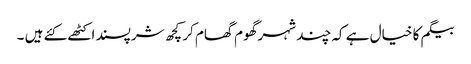
بیگم کا خیال ہے کہ چند شہر گھوم گھام کر کچھ شرپسند اکٹھے کئے ہیں ۔